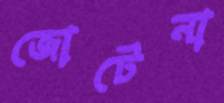
জোটেনা